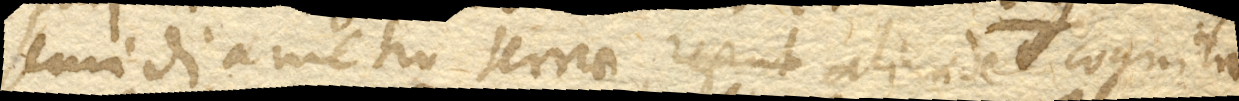
semidiametra terrae aliunde cognita,